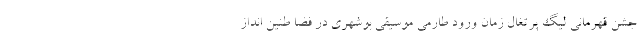
جشن قهرمانی لیگ پرتغال زمان ورود طارمی موسیقی بوشهری در فضا طنین انداز